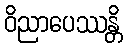
ဝိညာပေဿန္တိ